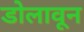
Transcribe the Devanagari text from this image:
डोलावून